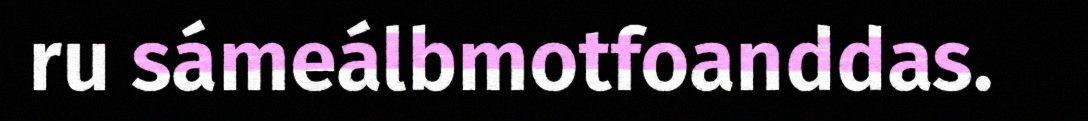
ru sámeálbmotfoanddas.